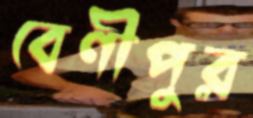
বেণীপুর